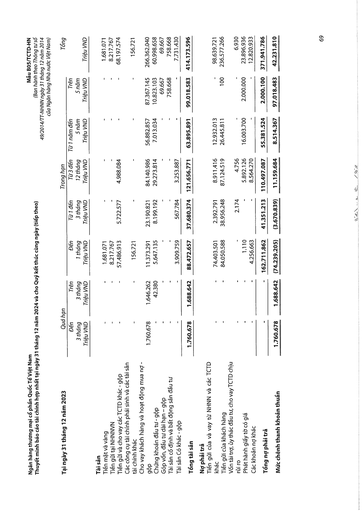
|Tại ngày 31 tháng 12 năm 2023|Quá|hạn|||Trong hạn|||Tổng| |---|---|---|---|---|---|---|---|---| ||Đến 3 tháng Triệu VND|Trên 3 tháng Triệu VND|Đến 1 tháng Triệu VND|Từ 1 đến 3 tháng Triệu VND|Từ 3 đến 12 tháng Triệu VND|Từ 1 năm đến 5 năm Triệu VND|Trên 5 năm Triệu VND|Triệu VND| |Tài sản||||||||| |Tiền mặt và vàng|-|-|1.681.071|-|-|-|-|1.681.071| |Tiền gửi tại NHNNVN|-|-|8.217.767|-|-|-|-|8.217.767| |Tiền gửi và cho vay các TCTD khác gộp|-|-|57.486.913|5.722.577|4.988.084|-|-|68.197.574| |Các công cụ tài chính phái sinh và các tài sản tài chính khác|-|-|156.721|-|-|-|-|156.721| |Cho vay khách hàng và hoạt động mua nợ - gộp|1.760.678|1.646.262|11.373.291|23.190.821|84.140.986|56.882.857|87.367.145|266.362.040| |Chứng khoán đầu tư - gộp|-|42.380|5.647.135|8.199.192|29.273.814|7.013.034|10.823.103|60.998.658| |Góp vốn, đầu tư dài hạn - gộp|-|-|-|-|-|-|69.667|69.667| |Tài sản cố định và bất động sản đầu tư|-|-|-|-|-|-|758.668|758.668| |Tài sản có khác - gộp|-|-|3.909.759|567.784|3.253.887|-|-|7.731.430| |Tổng tài sản|1.760.678|1.688.642|88.472.657|37.680.374|121.656.771|63.895.891|99.018.583|414.173.596| |Nợ phải trả||||||||| |Tiền gửi của và vay từ NHNN và các TCTD khác|-|-|74.403.501|2.392.791|8.911.416|12.932.013|-|98.639.721| |Tiền gửi của khách hàng|-|-|84.050.588|38.956.248|87.124.519|26.445.811|100|236.577.266| |Vốn tài trợ, ủy thác đầu tư, cho vay TCTD chịu rủi ro|-|-|-|2.174|4.756|-|-|6.930| |Phát hành giấy tờ có giá|-|-|1.110|-|5.892.126|16.003.700|2.000.000|23.896.936| |Các khoản nợ khác|-|-|4.256.663|-|8.564.270|-|-|12.820.933| |Tổng nợ phải trả|-|-|162.711.862|41.351.213|110.497.087|55.381.524|2.000.100|371.941.786| |Mức chênh thanh khoản thuần|1.760.678|1.688.642|(74.239.205)|(3.670.839)|11.159.684|8.514.367|97.018.483|42.231.810|